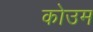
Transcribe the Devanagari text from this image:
कोउम